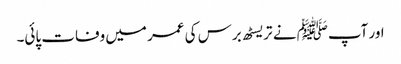
اور آپﷺ نے تریسٹھ برس کی عمر میں وفات پائی۔